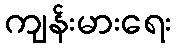
ကျန်းမားရေး